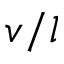
v / l